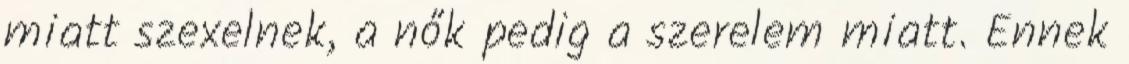
miatt szexelnek, a nők pedig a szerelem miatt. Ennek